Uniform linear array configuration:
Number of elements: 24
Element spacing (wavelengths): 0.5
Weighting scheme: hann
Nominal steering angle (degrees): -60
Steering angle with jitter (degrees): -58.957
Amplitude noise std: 0.05
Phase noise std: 0.05

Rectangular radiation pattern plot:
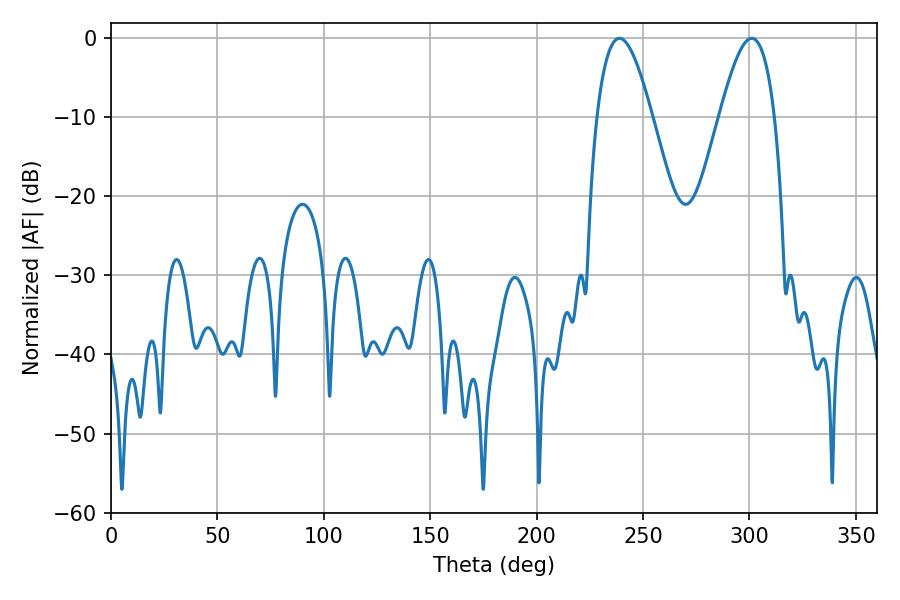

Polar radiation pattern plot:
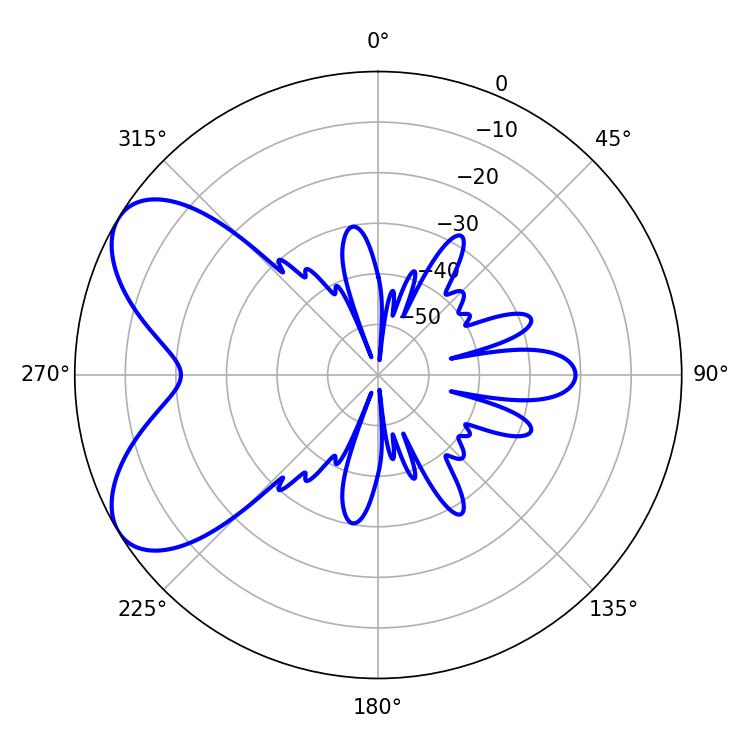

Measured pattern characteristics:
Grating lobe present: FALSE
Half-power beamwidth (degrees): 14.04
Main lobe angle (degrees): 238.86